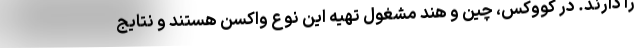
را دارند. در کووکس، چین و هند مشغول تهیه این نوع واکسن هستند و نتایج